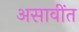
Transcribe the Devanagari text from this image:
असावींत